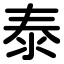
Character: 泰